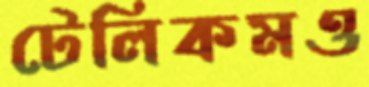
টেলিকমও